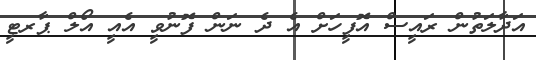
އަދާލަތުން ރަައީސް އޮފީހަށް އެ ދެ ނަން ފޮނުވީ އެއީ އޯލް ޕާރޓީ